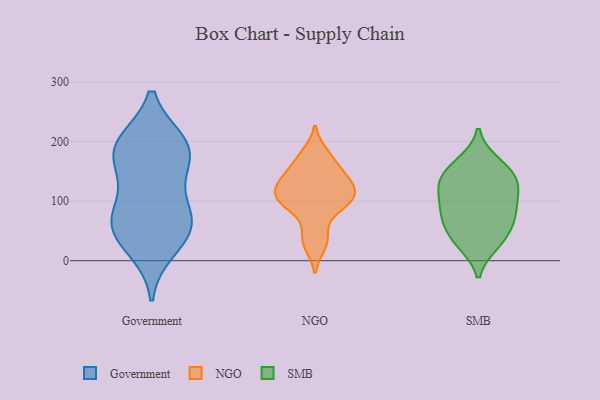
{"axis": {"x": "Population (Million)", "y": "Value"}, "legend": ["Government", "NGO", "SMB"], "data": [{"x": "", "y": 188, "type": "Government"}, {"x": "", "y": 80, "type": "Government"}, {"x": "", "y": 56, "type": "Government"}, {"x": "", "y": 193, "type": "Government"}, {"x": "", "y": 44, "type": "Government"}, {"x": "", "y": 63, "type": "Government"}, {"x": "", "y": 134, "type": "Government"}, {"x": "", "y": 192, "type": "Government"}, {"x": "", "y": 162, "type": "Government"}, {"x": "", "y": 20, "type": "Government"}, {"x": "", "y": 75, "type": "Government"}, {"x": "", "y": 197, "type": "Government"}, {"x": "", "y": 181, "type": "NGO"}, {"x": "", "y": 137, "type": "NGO"}, {"x": "", "y": 98, "type": "NGO"}, {"x": "", "y": 143, "type": "NGO"}, {"x": "", "y": 45, "type": "NGO"}, {"x": "", "y": 115, "type": "NGO"}, {"x": "", "y": 128, "type": "NGO"}, {"x": "", "y": 164, "type": "NGO"}, {"x": "", "y": 99, "type": "NGO"}, {"x": "", "y": 25, "type": "NGO"}, {"x": "", "y": 88, "type": "NGO"}, {"x": "", "y": 112, "type": "NGO"}, {"x": "", "y": 133, "type": "SMB"}, {"x": "", "y": 143, "type": "SMB"}, {"x": "", "y": 164, "type": "SMB"}, {"x": "", "y": 89, "type": "SMB"}, {"x": "", "y": 71, "type": "SMB"}, {"x": "", "y": 44, "type": "SMB"}, {"x": "", "y": 71, "type": "SMB"}, {"x": "", "y": 78, "type": "SMB"}, {"x": "", "y": 158, "type": "SMB"}, {"x": "", "y": 29, "type": "SMB"}, {"x": "", "y": 121, "type": "SMB"}, {"x": "", "y": 127, "type": "SMB"}, {"x": "", "y": 109, "type": "SMB"}, {"x": "", "y": 31, "type": "SMB"}]}